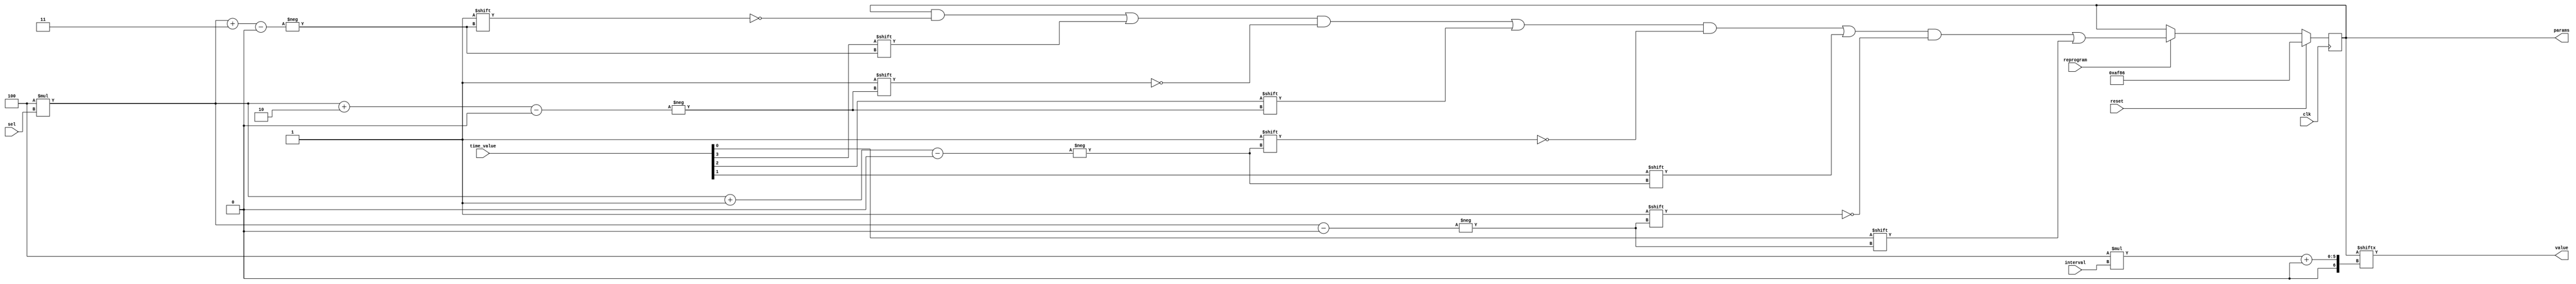
`timescale 1ns / 1ps
//////////////////////////////////////////////////////////////////////////////////
// Company: 
// Engineer: 
// 
// Design Name: 
// Module Name:    parameters 
// Project Name: 
// Target Devices: 
// Tool versions: 
// Description: 
//
// Dependencies: 
//
// Revision: 
// Revision 0.01 - File Created
// Additional Comments: 
//
//////////////////////////////////////////////////////////////////////////////////
`define T_ARM_DELAY_DEF 4'b0110
`define T_DRIVER_DELAY_DEF 4'b1000
`define T_PASSENGER_DELAY_DEF 4'b1111
`define T_ALARM_ON_DEF 4'b1010
module parameters(
    input reprogram,
    input [1:0] sel,
    input [1:0] interval,
    input [3:0] time_value,
    input clk,
    input reset,
    output [3:0] value,
    output reg [15:0] params
    );
	 
	initial begin
		params = {`T_ALARM_ON_DEF,`T_PASSENGER_DELAY_DEF,
					`T_DRIVER_DELAY_DEF,`T_ARM_DELAY_DEF};
	end

	assign value = params[4*interval+:4];
	
	always @(posedge clk) begin
		if (reset) begin
			params <= {`T_ALARM_ON_DEF,`T_PASSENGER_DELAY_DEF,
					`T_DRIVER_DELAY_DEF,`T_ARM_DELAY_DEF};
		end
		else if (reprogram) begin
			params[4*sel+3] <= time_value[3];
			params[4*sel+2] <= time_value[2];
			params[4*sel+1] <= time_value[1];
			params[4*sel] <= time_value[0];
		end
	end
endmodule